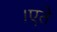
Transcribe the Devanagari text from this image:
।एते